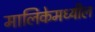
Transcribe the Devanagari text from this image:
मालिकेमध्यील